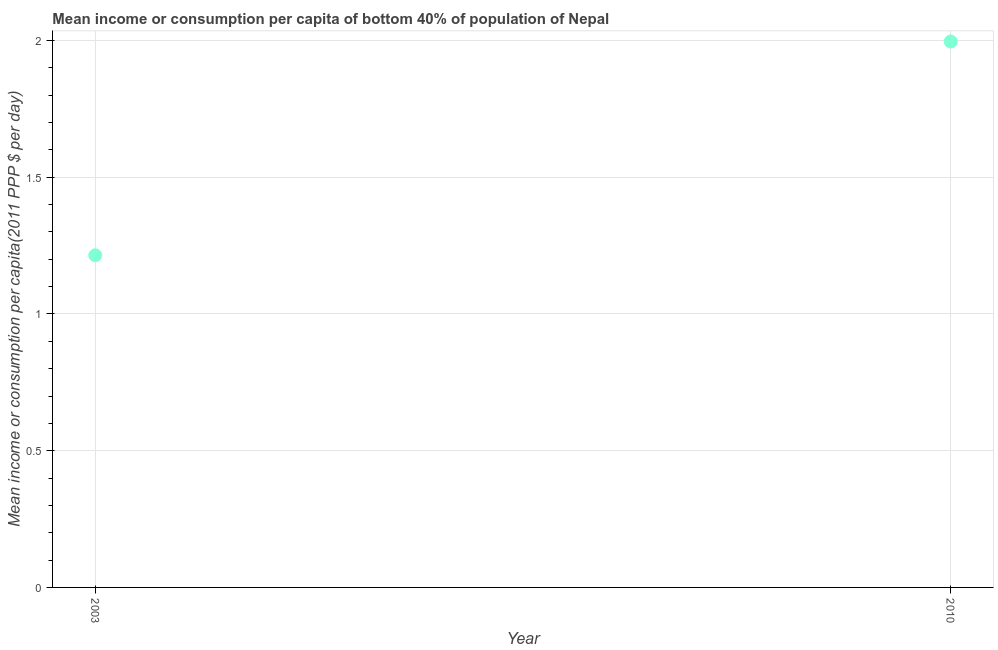
| Year | Bottom 40percent |
 | --- | --- |
 | 2003 | 1.21 |
 | 2010 | 2 |